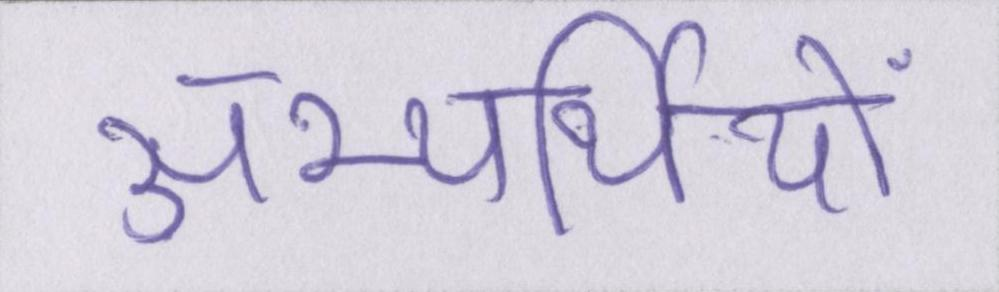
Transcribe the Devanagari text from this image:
अभ्यर्थियों